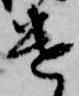
遣